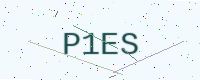
Text: P1ES